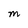
Character: M